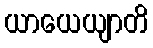
ယာယေယျာတိ